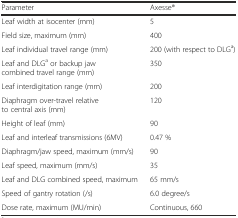
<table><thead><tr><td><b>Parameter</b></td><td><b>Axesse®</b></td></tr></thead><tbody><tr><td>Leaf width at isocenter (mm)</td><td>5</td></tr><tr><td>Field size, maximum (mm)</td><td>400</td></tr><tr><td>Leaf individual travel range (mm)</td><td>200 (with respect to DLG<sup>a</sup>)</td></tr><tr><td>Leaf and DLG<sup>a</sup> or backup jaw combined travel range (mm)</td><td>350</td></tr><tr><td>Leaf interdigitation range (mm)</td><td>200</td></tr><tr><td>Diaphragm over-travel relative to central axis (mm)</td><td>120</td></tr><tr><td>Height of leaf (mm)</td><td>90</td></tr><tr><td>Leaf and interleaf transmissions (6MV)</td><td>0.47 %</td></tr><tr><td>Diaphragm/jaw speed, maximum (mm/s)</td><td>90</td></tr><tr><td>Leaf speed, maximum (mm/s)</td><td>35</td></tr><tr><td>Leaf and DLG combined speed, maximum</td><td>65 mm/s</td></tr><tr><td>Speed of gantry rotation (/s)</td><td>6.0 degree/s</td></tr><tr><td>Dose rate, maximum (MU/min)</td><td>Continuous, 660</td></tr></tbody></table>